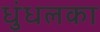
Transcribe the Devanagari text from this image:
धुंधलका